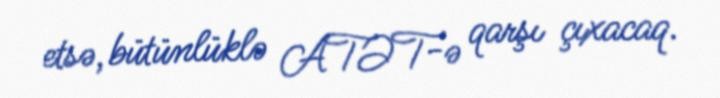
etsə, bütünlüklə ATƏT-ə qarşı çıxacaq.